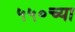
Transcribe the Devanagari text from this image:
५५०च्या